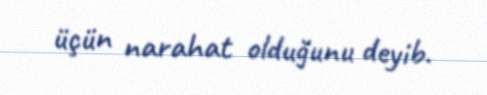
üçün narahat olduğunu deyib.